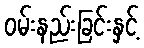
ဝမ်းနည်းခြင်းနှင့်